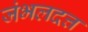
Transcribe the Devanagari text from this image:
जंभलदत्त